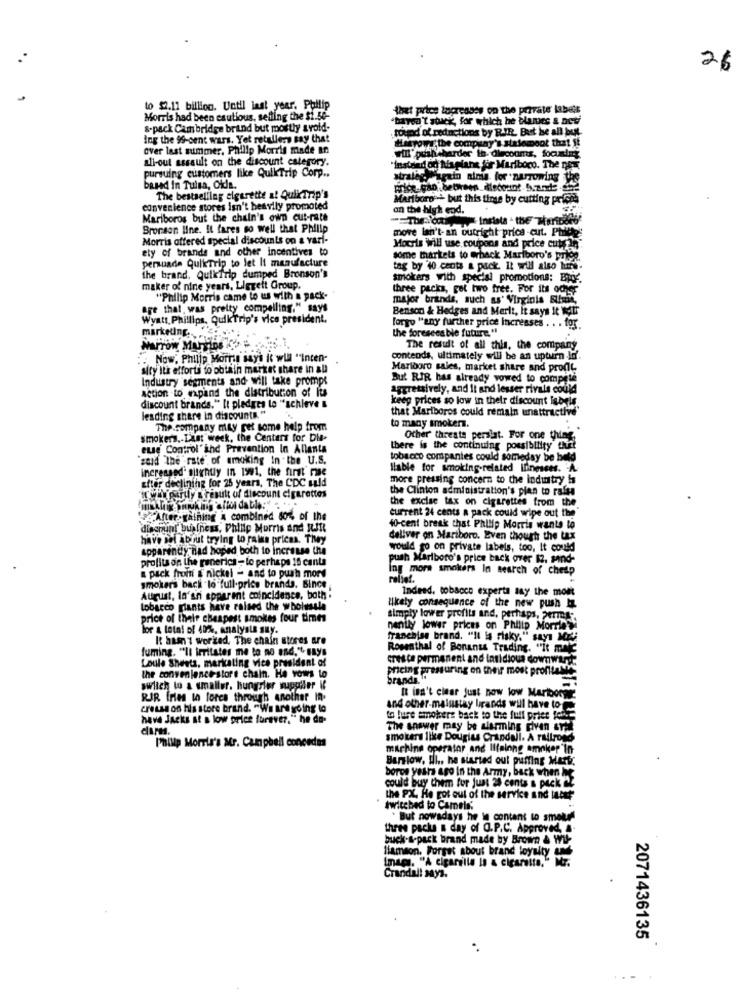
26
to $2.11 billion. Until last year. Philip
thet price lapresses on the private labels
Morris had been cautious, selling the $1.50-
"bred't stuck, for which he blancs & neti
s-pack Cambridge brind but mosthy svold-
tound of reductions by R.I.R. But ise all but.
Ing the 95-cent wars. Yot retailers say that
Metros; the company's stalemoot that St
over last summer, Philip Morris made in
all-out assault on the discount category.
WII" pushisharder th. dieconms, focumim
Psfor Marlboro. The nos
pursuing customers like QuikTrip Corp ..
strateg again ninin. for narrowing the
based In Tulsa, Okla.
The bestselling elgerette al Quiktrip's
Marlboro + but this time by cutting pricha
convenience stores isn't heavily promoted
an the high end.
Mariboros but the chain's own cut-rate
Bronson line. It fares so well that Philip
Morris offered special discounts on a vari-
move lan't- an outright price -cut. Phille
ety of brands and other incentives to
Hocris will use coupons and price cutan:
persuade QuikeTrip to let It manufacture
some markets to wrhack Marlboro's priee.
the brand. Quiktrip dumped Bronson's
tag by 40 cents a pack. It will also hurd-
smokers with special promotions: Ede.
maker of nine years, Liggeit Group,
three packs, get two fret. For its oder
"Philip Morris came to us with a pack-
major brands, such as' Virginia Slime,
are that, was pretty compelling." says
Benson & Hedges and Merit, it says It watr
Wyatt. Phillips, QuikTrip's vice president.
Forgo "any further price increases . . . for
the foreseeable future. "
marketingE'
HarTow MuFTIDE & #
The result of all this, the company
: . Now. Philip Morris says it will "incen-
contends, ultimately will be an upturn -li'.
sity It's efforts to obtain market share in au
Marlboro sales, market share and profit
Industry segments and will take prompt
But RIR has already vowed to compete
Action to expand the distribution of its
aggressively, and It and lesser rivals could
keep prices so low in their discount labels.
discount brands." It pledges lo "achieve &
that Mariboros could remain unattractive"
lesding share in discounts. "
The company may get some help from
to many smokers.
..
smokers .- Last week, the Centers for Die-
Other threats perslat. For one thing
euse Control and Prevention In Allanta
there is the continuing possibility that
"said The rate of smoking In the U.S.
tobacco companies could someday be held
increased slightly In 1991, the first' mise
Ilable for smoking-related Ilinesses. A.
Efter declining for 25 years, The CDC sald
more pressing concern to the industry is
the Clinton administration's plan to raise
ingtruly a result of discount cigarettes
the excise tax on cigarettes from the.
""After-gathing & combined 80% of the
current 24 cents a pack could wipe out the
discount business, Philip Morris and RJI
40-cent break that Philip Morris wants to
have sel about trying to gains prices. They
deliver on Mariboro. Even though the tax
apparently nad hoped both to increase the
would go on private labels, too, It could
profits on the generics - lo perhaps 15 canta
push Marlboro's price back over 12. mnd-
a pack from & nickel - and to push mors
Ing mora smokers In search of cheap
rabiet.
smokers back lo full-price brands. Bince
Indeed, tobacco experts say the mont
August, la'sri apparent coincidence, both .
tobacco giants have raised the wholesale
likely consequence of the new push Iz
price of their cheapest smokes four times
simply lower profits and, perhaps, per-
for & total of 40%, analysts say.
nently lower prices on Philip Morris
It hasn't worked. The chain stores are
franchise brand. "Il is risky." sayı MELi
fuming. "Il irritates me to no and," says
Rosenthal of Bonants Trading. "it male
Loule Sheets, marketing vice president of
cresce permanent and latidioua downward
pricing pressuring on their most profitable
the convenience-store chain. He vows to
brands."
switch to a smaller. hungrier wapoiler if
It isn't cinar just now low Martborg
RJR fries th forcs through another In.
cresse on his store brand. "We are going to
and other-mainstay brands will have to-
have Jacks at a low price forever." he do-
to lure smokers back to the full priet for.
dirs.
The answer may be alarming diven art
smokers like Douglas Crandall. A Fallrose
Philip Morris's Mr. Campbell concedes
machine operator and Illainng amnker'in
Barrlow, Il ., he started out puffing Mark.
boros years ago in the Army, back when he
could buy them for just 28 cents a pack 22
the PX. He got out of the service and lacet
twitched to Camels.
. But nowadays he le contant to smoked
three packe a day of Q.P.C. Approved, ..
buck-a-pack brand made by Brown & Wil
Imag. "A cigarillo Is & cigaretta."
liamson, Forget about brand loyalty
Crandall say3.
2071436135
...